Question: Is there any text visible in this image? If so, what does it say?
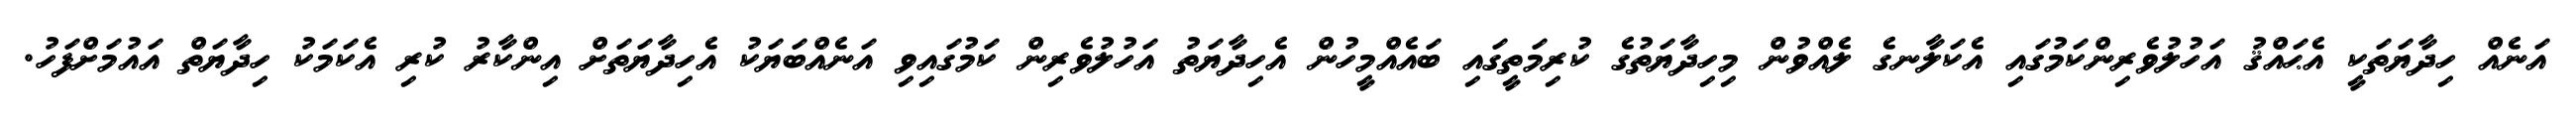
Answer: އަނެއް ހިދާޔަތަކީ އެޙައްޤު އަހުލުވެރިންކަމުގައި އެކަލާނގެ ލެއްވުން މިހިދާޔަތުގެ ކުރިމަތީގައި ބައެއްމީހުން އެހިދާޔަތު އަހުލުވެރިން ކަމުގައިވި އަނެއްބަޔަކު އެހިދާޔަތަށް އިންކާރު ކުރި އެކަމަކު ހިދާޔަތް އައުމަށްފަހު.